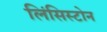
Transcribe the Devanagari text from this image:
लिंसिस्टोन